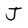
Character: J